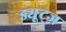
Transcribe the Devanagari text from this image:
ड्यूट्ज़